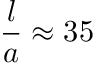
\frac { l } { a } \approx 3 5